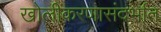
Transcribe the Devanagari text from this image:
खोलीकरणासंदर्भात